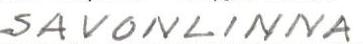
SAVONLINNA